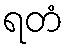
ရတံ